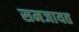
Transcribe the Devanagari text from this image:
समजायत